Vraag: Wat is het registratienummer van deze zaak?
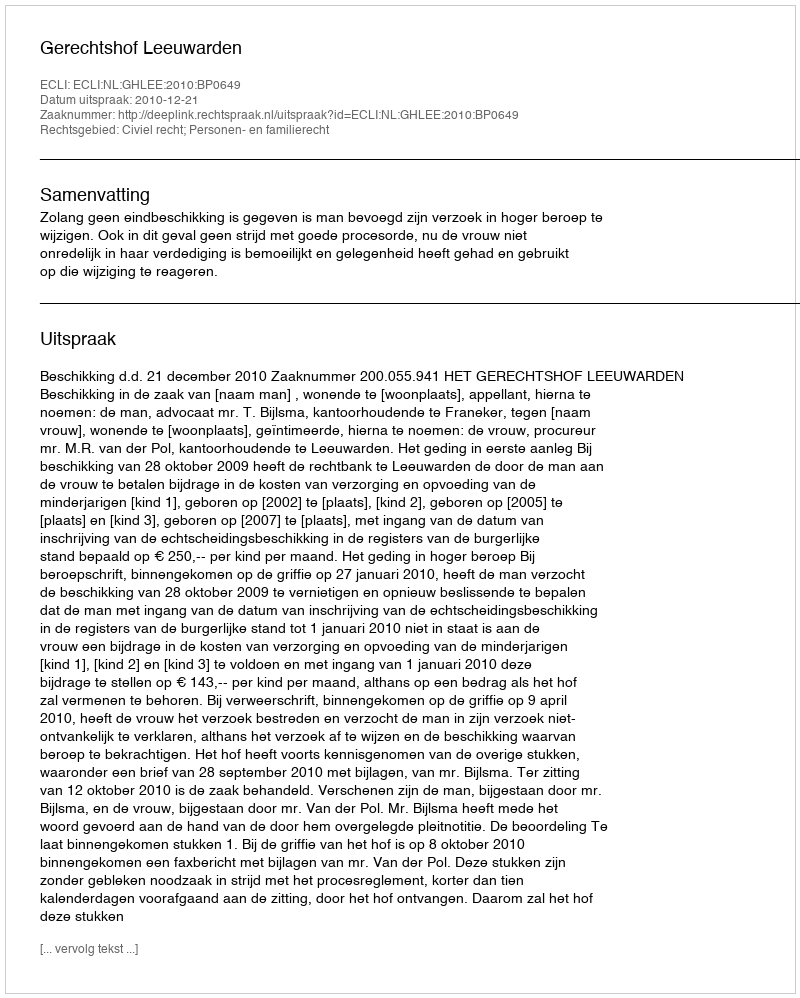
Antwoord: http://deeplink.rechtspraak.nl/uitspraak?id=ECLI:NL:GHLEE:2010:BP0649